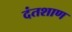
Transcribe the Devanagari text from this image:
दंतशाण